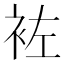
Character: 袏